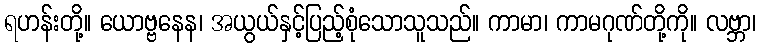
ရဟန်းတို့။ ယောဗ္ဗနေန၊ အယွယ်နှင့်ပြည့်စုံသောသူသည်။ ကာမာ၊ ကာမဂုဏ်တို့ကို။ လဗ္ဘာ၊